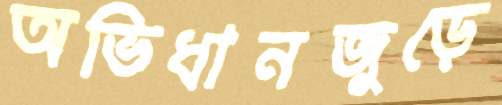
অভিধানজুড়ে